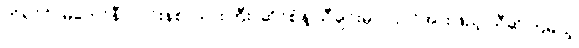
ကိုရင်ဂို၊ မကော်နီ၊ လင်းနစ်၊ သားကြီး၊ ဆိုင်စံနဲ့ သီချင်းမှာ ပါဝင်အားဖြည့် သီဆိုကြမယ့်